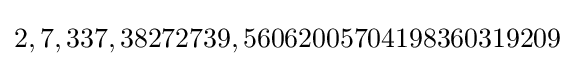
2,7,337,38272739,56062005704198360319209